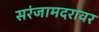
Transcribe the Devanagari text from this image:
सरंजामदरावर